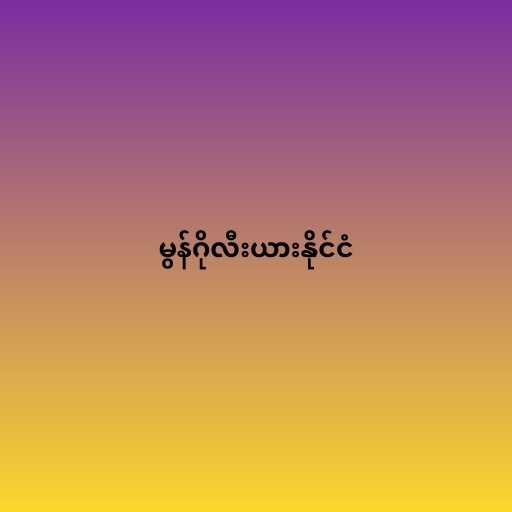
မွန်ဂိုလီးယားနိုင်ငံ